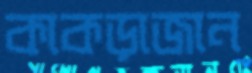
কাকড়াজান